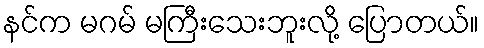
နင်က မဂမ် မကြီးသေးဘူးလို့ ပြောတယ်။